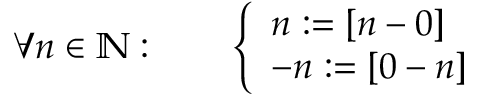
\forall n \in \mathbb { N } : \qquad { \left\{ \begin{array} { l l } { n : = [ n - 0 ] } \\ { - n : = [ 0 - n ] } \end{array} \right. }